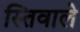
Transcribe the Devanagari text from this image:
स्तिवाले